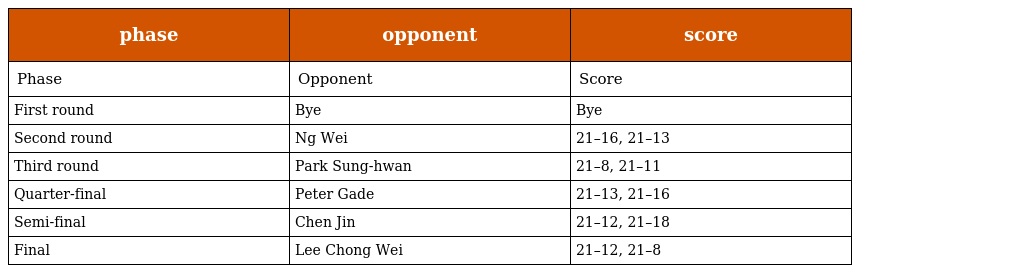
| phase | opponent | score |
 | --- | --- | --- |
 | Phase | Opponent | Score |
 | First round | Bye | Bye |
 | Second round | Ng Wei | 21–16, 21–13 |
 | Third round | Park Sung-hwan | 21–8, 21–11 |
 | Quarter-final | Peter Gade | 21–13, 21–16 |
 | Semi-final | Chen Jin | 21–12, 21–18 |
 | Final | Lee Chong Wei | 21–12, 21–8 |